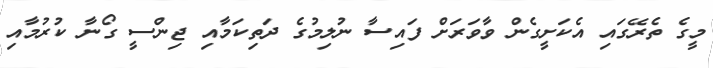
މީގެ ތެރޭގައި އެކަށީގެން ވާވަރަށް ފައިސާ ނުލިމުގެ ދަތިކަމާއި ޖިންސީ ގޯނާ ކުރުމާއި